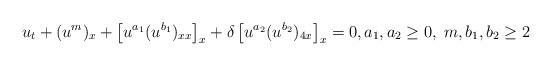
LaTeX: \begin{align*}u_t+(u^m)_x+\left[u^{a_1}(u^{b_1})_{xx}\right]_{x}+\delta\left[u^{a_2}(u^{b_2})_{4x}\right]_{x}=0,a_1,a_2\geq0,\;m,b_1,b_2\geq2\end{align*}